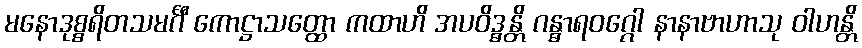
မနောဒုစ္စရိတသမင်္ဂီ ကောဋ္ဌာသတ္ထော ကထာဟိ အပဝိဒ္ဓန္တိ ဂန္ဓာရဝဂ္ဂေါ နာနာဗာဟာသု ဝါဟန္တိ